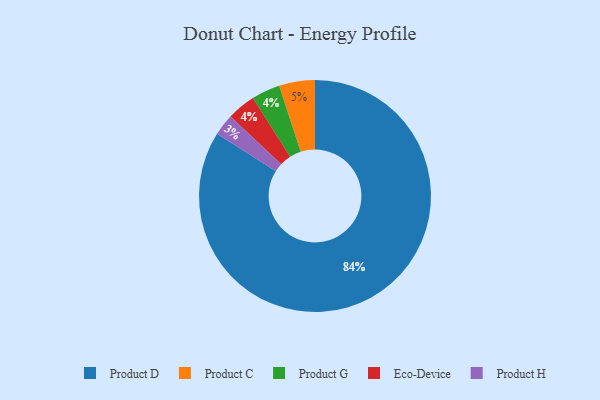
{"axis": {"x": "Category", "y": "Percentage"}, "legend": ["Eco-Device", "Product C", "Product D", "Product G", "Product H"], "data": [{"x": "Product H", "y": 3, "type": "Product H"}, {"x": "Product D", "y": 84, "type": "Product D"}, {"x": "Product G", "y": 4, "type": "Product G"}, {"x": "Eco-Device", "y": 4, "type": "Eco-Device"}, {"x": "Product C", "y": 5, "type": "Product C"}]}